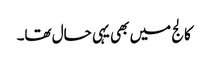
کالج میں بھی یہی حال تھا۔